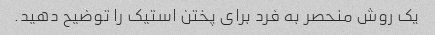
یک روش منحصر به فرد برای پختن استیک را توضیح دهید.